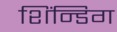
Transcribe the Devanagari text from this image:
शिंन्डिग